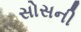
સોસની